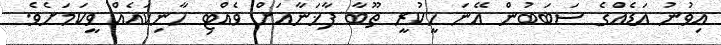
އިވުނު އަޑެއްގެ ސަބަބުން އޭނަ ހީކުރީ ތޫބާ ފާޚަނާއަށް ވެއްޓި ހާނިކައެއް ވީކަމަށެވެ.